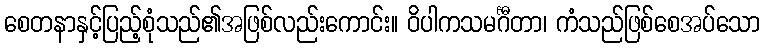
စေတနာနှင့်ပြည့်စုံသည်၏အဖြစ်လည်းကောင်း။ ဝိပါကသမင်္ဂီတာ၊ ကံသည်ဖြစ်စေအပ်သော